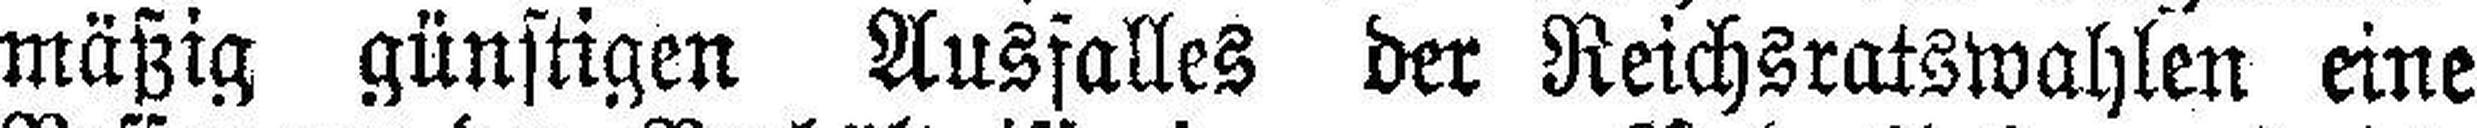
mäßig günstigen Ausfalles der Reichsratswahlen eine